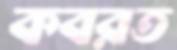
কবরত